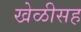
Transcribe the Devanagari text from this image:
खेळीसह